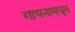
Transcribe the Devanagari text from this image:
गायनामधून